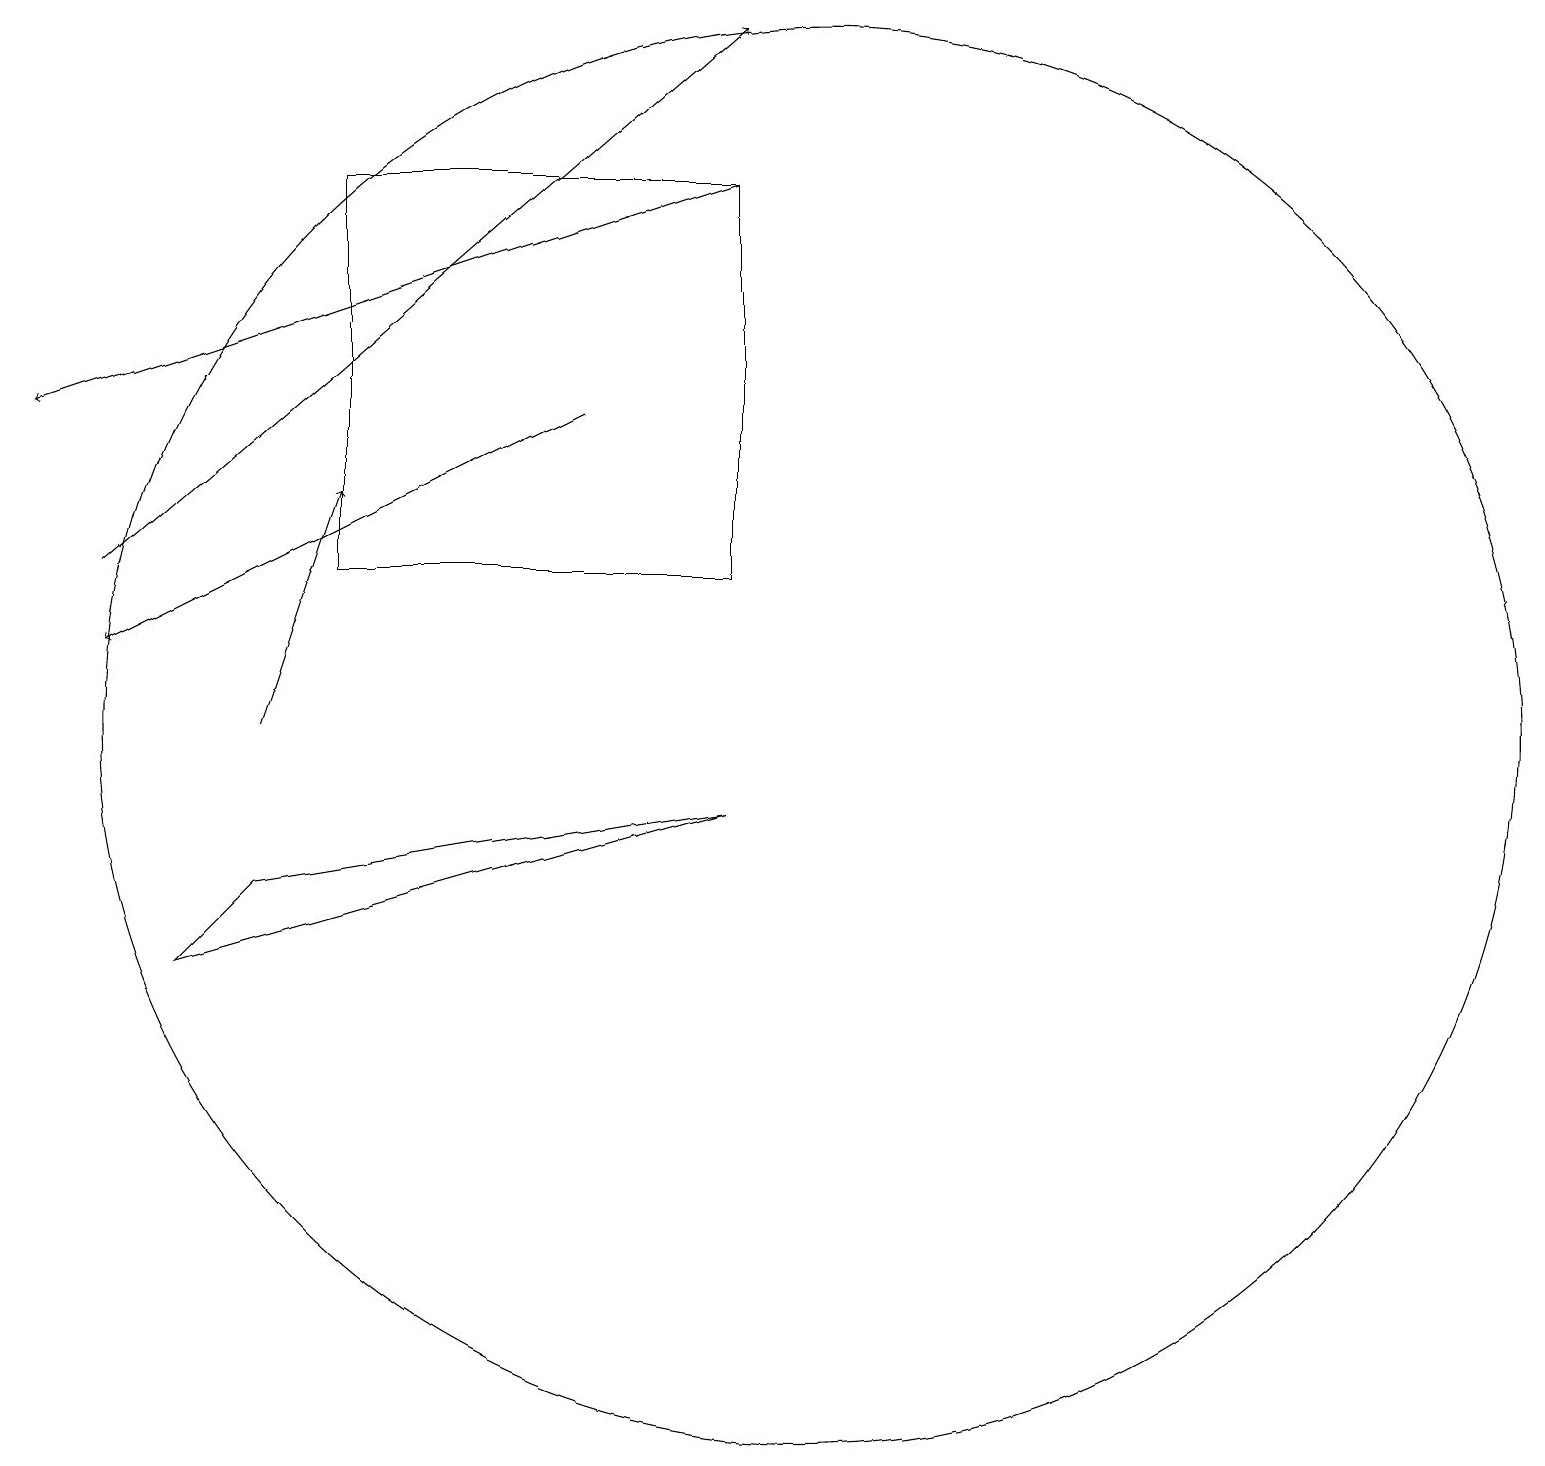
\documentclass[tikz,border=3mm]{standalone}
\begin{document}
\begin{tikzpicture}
\draw[->] (3,10) -- (4,13);
\draw (9,17) rectangle (4,12);
\draw[->] (1,12) -- (9,19);
\draw[->] (7,14) -- (1,11);
\draw (9,9) -- (2,7) -- (3,8) -- cycle;
\draw[->] (9,17) -- (0,14);
\draw (10,10) circle (9);
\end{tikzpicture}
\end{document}